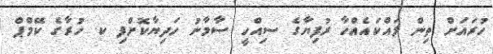
ހުރައަށް ތިން ލައްކައެއްހާ ރުފިޔާގެ ސިއްހީ ސާމާނު ހަދިޔާކޮށްފި ކ. ހުރާގެ ކޭމްޕް